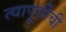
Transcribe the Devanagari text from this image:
त्यापूर्वीची